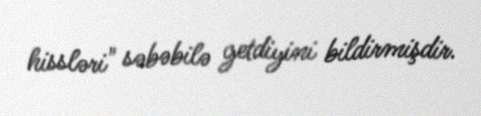
hissləri" səbəbilə getdiyini bildirmişdir.